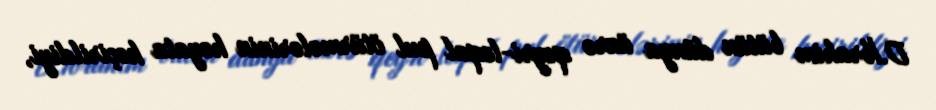
D.İbrahim bütün dünya üzrə qeyri-leqal pul ötürmələrinin həyata keçirildiyi,